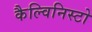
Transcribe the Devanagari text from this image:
कैल्विनिस्टो